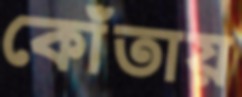
কোঁতায়